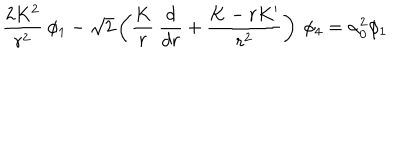
{ \frac { 2 K ^ { 2 } } { r ^ { 2 } } } \: \phi _ { 1 } - \sqrt 2 \left( { \frac { K } { r } } \: { \frac { d } { d r } } + { \frac { K - r K ^ { \prime } } { r ^ { 2 } } } \right) \: \phi _ { 4 } = \alpha _ { 0 } ^ { 2 } \phi _ { 1 }